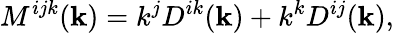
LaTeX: M^{ijk}({\mathbf{k}})=k^{j}D^{ik}({\mathbf{k}})+k^{k}D^{ij}({\mathbf{k}}),